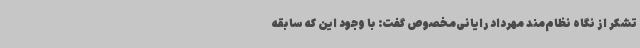
تشکر از نگاه نظام‌مند مهرداد رایانی‌مخصوص گفت: با وجود این که سابقه